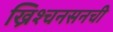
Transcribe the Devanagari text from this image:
ख्रिश्चनसनची